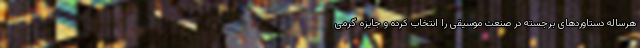
هرساله دستاوردهای برجسته در صنعت موسیقی را انتخاب کرده و جایزه گرمی